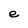
Character: e